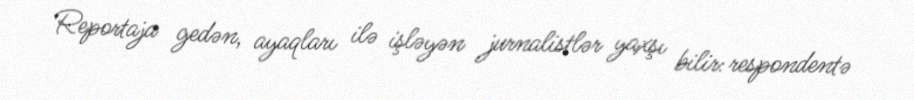
Reportaja gedən, ayaqları ilə işləyən jurnalistlər yaxşı bilir: respondentə